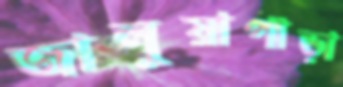
জালুয়াপাড়া